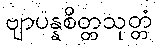
ဗျာပန္နစိတ္တသုတ္တံ